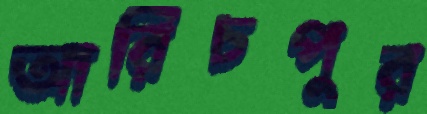
আরিচপুর